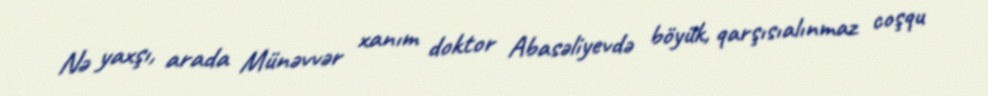
Nə yaxşı, arada Münəvvər xanım doktor Abasəliyevdə böyük, qarşısıalınmaz coşqu